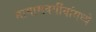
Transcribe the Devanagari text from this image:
मागासवर्गीयांमध्ये